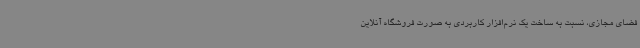
فضای مجازی، نسبت به ساخت یک نرم‌افزار کاربردی به صورت فروشگاه آنلاین